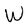
Character: W